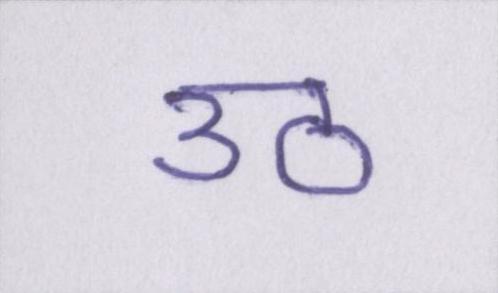
उठ